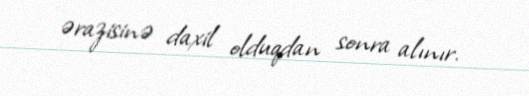
ərazisinə daxil olduqdan sonra alınır.